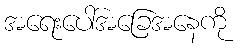
အရေးပေါ်အခြေအနေကို